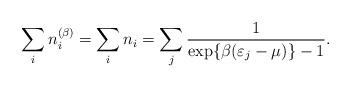
LaTeX: \begin{align*} \sum_i n_i^{(\beta)} = \sum_i n_i = \sum_j \frac{1}{\exp\{\beta(\varepsilon_j -\mu)\} - 1}.\end{align*}